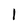
Character: 1